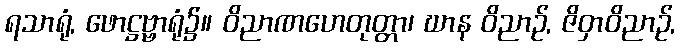
ရသာရုံ, ဖောဋ္ဌဗ္ဗာရုံ၌။ ဝိညာဏဟေတုတ္တာ၊ ဃာန ဝိညာဉ်, ဇိဝှာဝိညာဉ်,